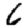
Digit: 6